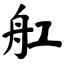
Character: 舡